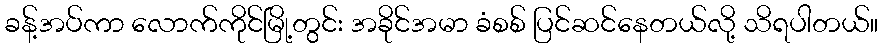
ခန့်အပ်ကာ လောက်ကိုင်မြို့တွင်း အခိုင်အမာ ခံစစ် ပြင်ဆင်နေတယ်လို့ သိရပါတယ်။